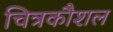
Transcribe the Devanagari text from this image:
चित्रकौशल